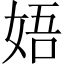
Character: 娪